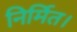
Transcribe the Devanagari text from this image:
निर्मित।